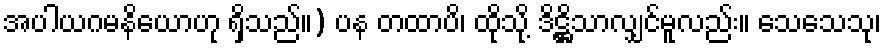
အပါယဂမနိယောဟု ရှိသည်။) ပန တထာပိ၊ ထိုသို့ ဒိဋ္ဌိသာလျှင်မူလည်း။ သေသေသု၊